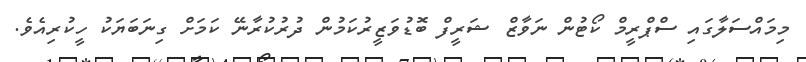
މިމައްސަލާގައި ސްޕްރީމް ކޯޓުން ނަވާޒް ޝަރީފް ބޮޑުވަޒީރުކަމުން ދުރުކުރާނޭ ކަމަށް ގިނަބަޔަކު ހީކުރިއެވެ.